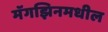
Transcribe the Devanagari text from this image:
मॅगझिनमधील